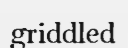
griddled